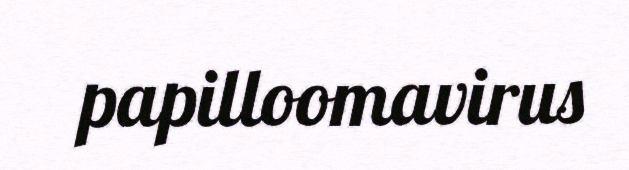
papilloomavirus